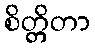
စိတ္တိတာ